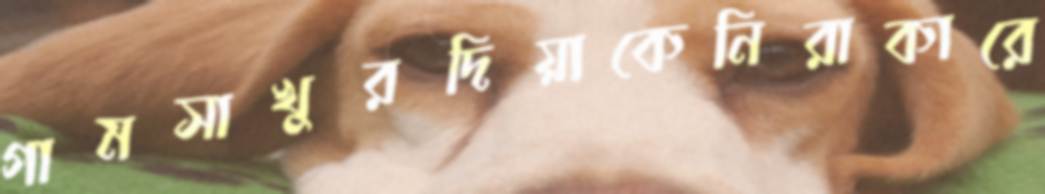
গামসাখুরদিয়াকেনিরাকারে